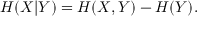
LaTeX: H ( X | Y ) = H ( X , Y ) - H ( Y ) .